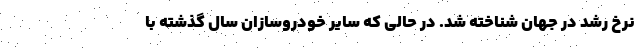
نرخ رشد در جهان شناخته شد. در حالی که سایر خودروسازان سال گذشته با